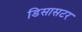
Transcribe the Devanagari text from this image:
डिसासटर